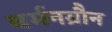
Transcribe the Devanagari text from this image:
बर्मनब्रौन